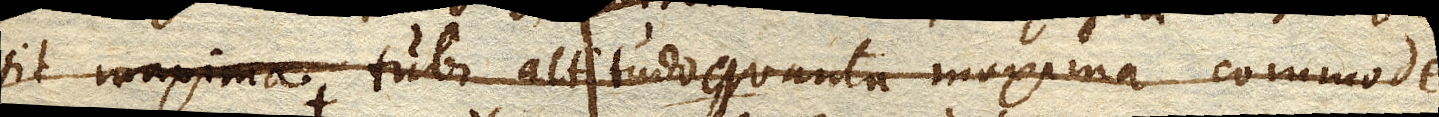
sit tubi altitudo quanta maxima commode